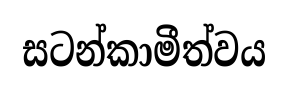
සටන්කාමීත්වය